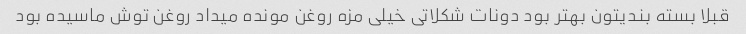
قبلا بسته بندیتون بهتر بود دونات شکلاتی خیلی مزه روغن مونده میداد روغن توش ماسیده بود